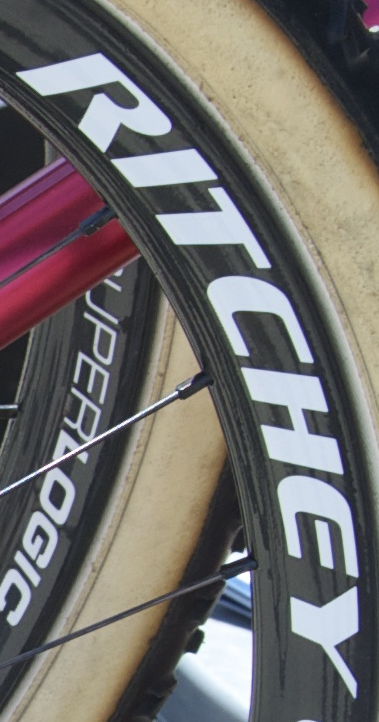
RITCHEY